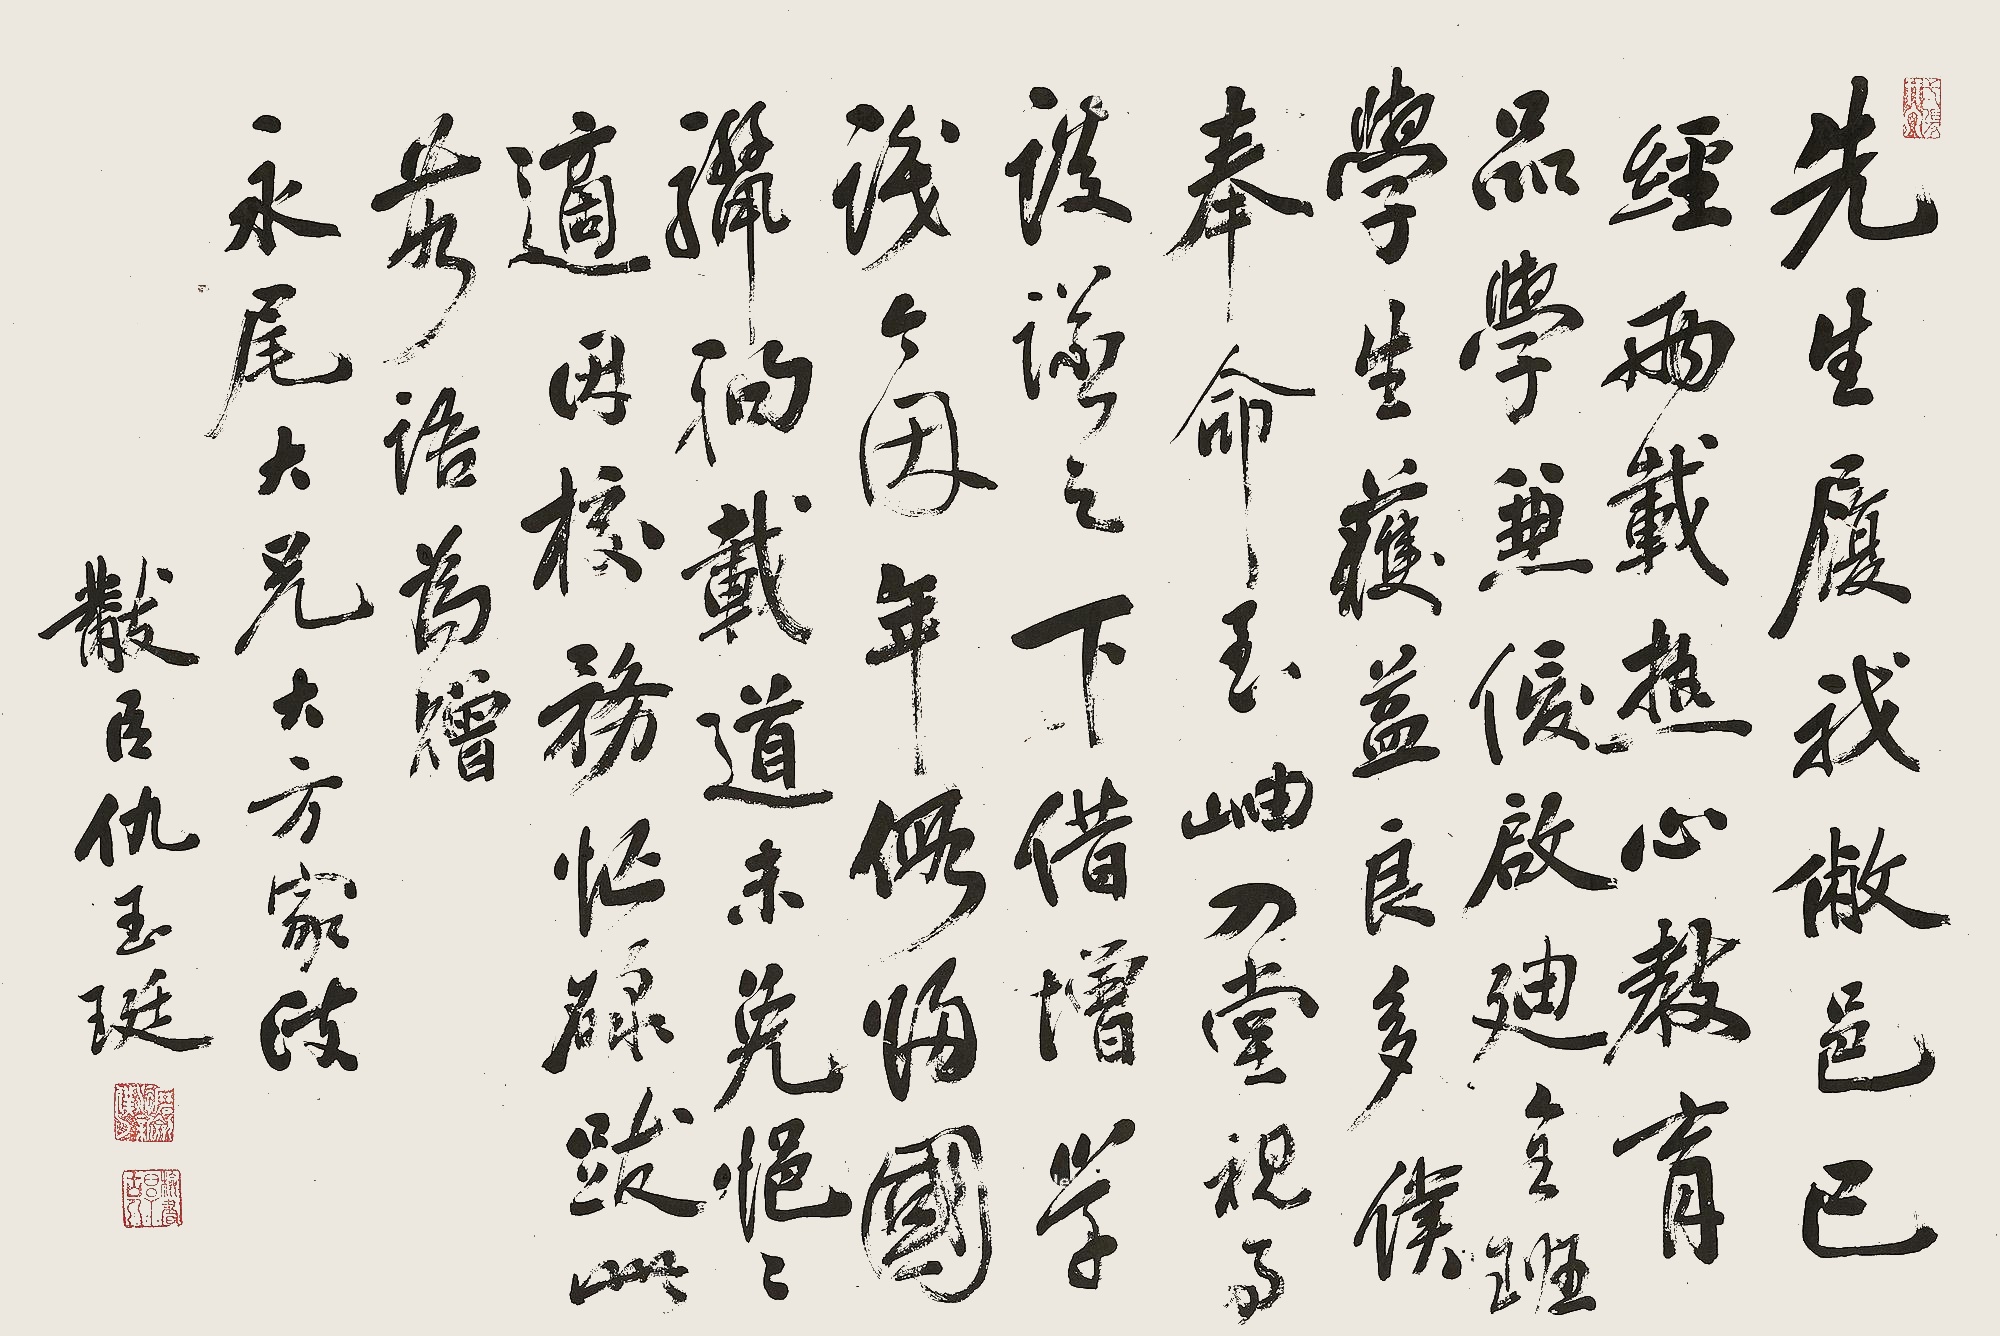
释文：先生履我敝邑已经两载，热心教育，品学兼优，启迪全班学生，获益良多，仆奉命至岫入堂，视事谈议之，下借增学浅，今因年暇归国，骊驹载道，未免悒悒适，因校务忙碌，跋此数语为赠。永尾大兄大方家政。黻臣仇玉珽。